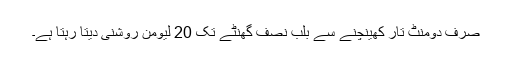
صرف دومنٹ تار کھینچنے سے بلب نصف گھنٹے تک 20 لیومن روشنی دیتا رہتا ہے۔